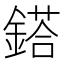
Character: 鎝